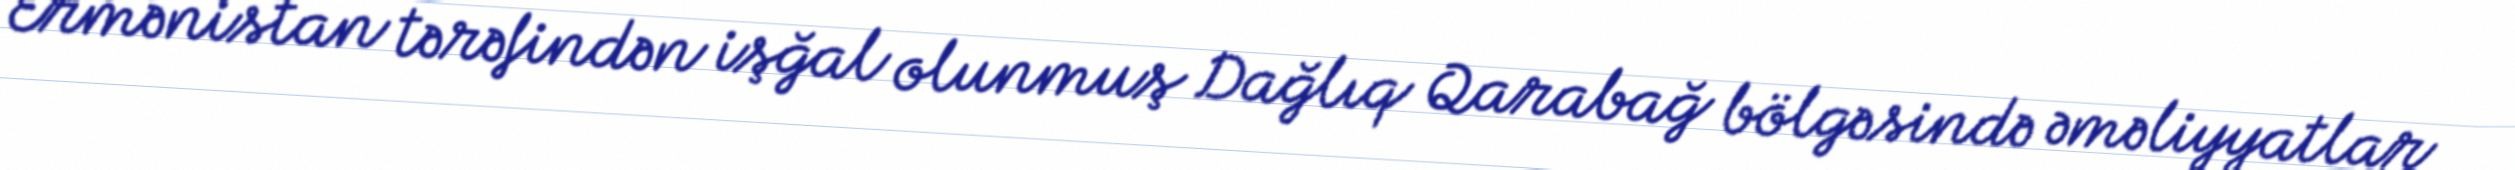
Ermənistan tərəfindən işğal olunmuş Dağlıq Qarabağ bölgəsində əməliyyatlar